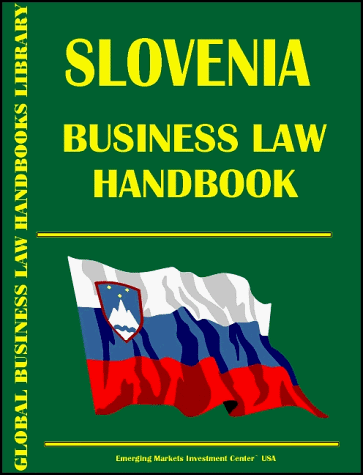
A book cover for Antilles (Netherlands) Business Law Handbook; Ibp Usa; Travel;